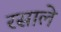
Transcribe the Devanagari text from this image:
रसाले